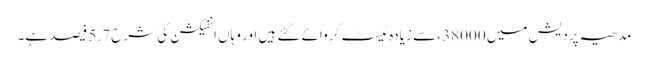
مدھیہ پردیش میں 38000 ،سے زیادہ ٹیسٹ کروائے گئے ہیں اور وہاں انفیکشن کی شرح 5.7 فیصد ہے۔